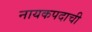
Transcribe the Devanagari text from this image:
नायकपदाची